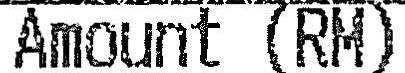
AMOUNT (RM)